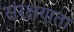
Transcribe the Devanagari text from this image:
संरक्षणता